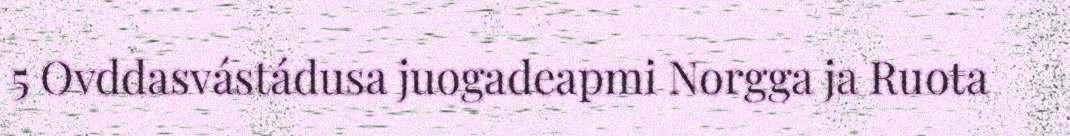
5 Ovddasvástádusa juogadeapmi Norgga ja Ruoŧa